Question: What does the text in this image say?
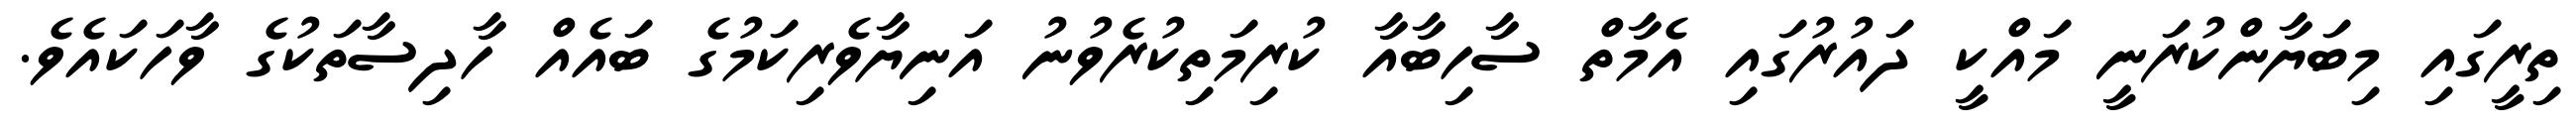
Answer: ތިރީގައި މިބަޔާންކުރަނީ މައްކީ ދައުރުގައި އެމާތް ސާހިބާއާ ކުރިމަތިކުރެވުނު އަނިޔާވެރިކަމުގެ ބައެއް ހާދިސާތަކުގެ ވާހަކައެވެ.